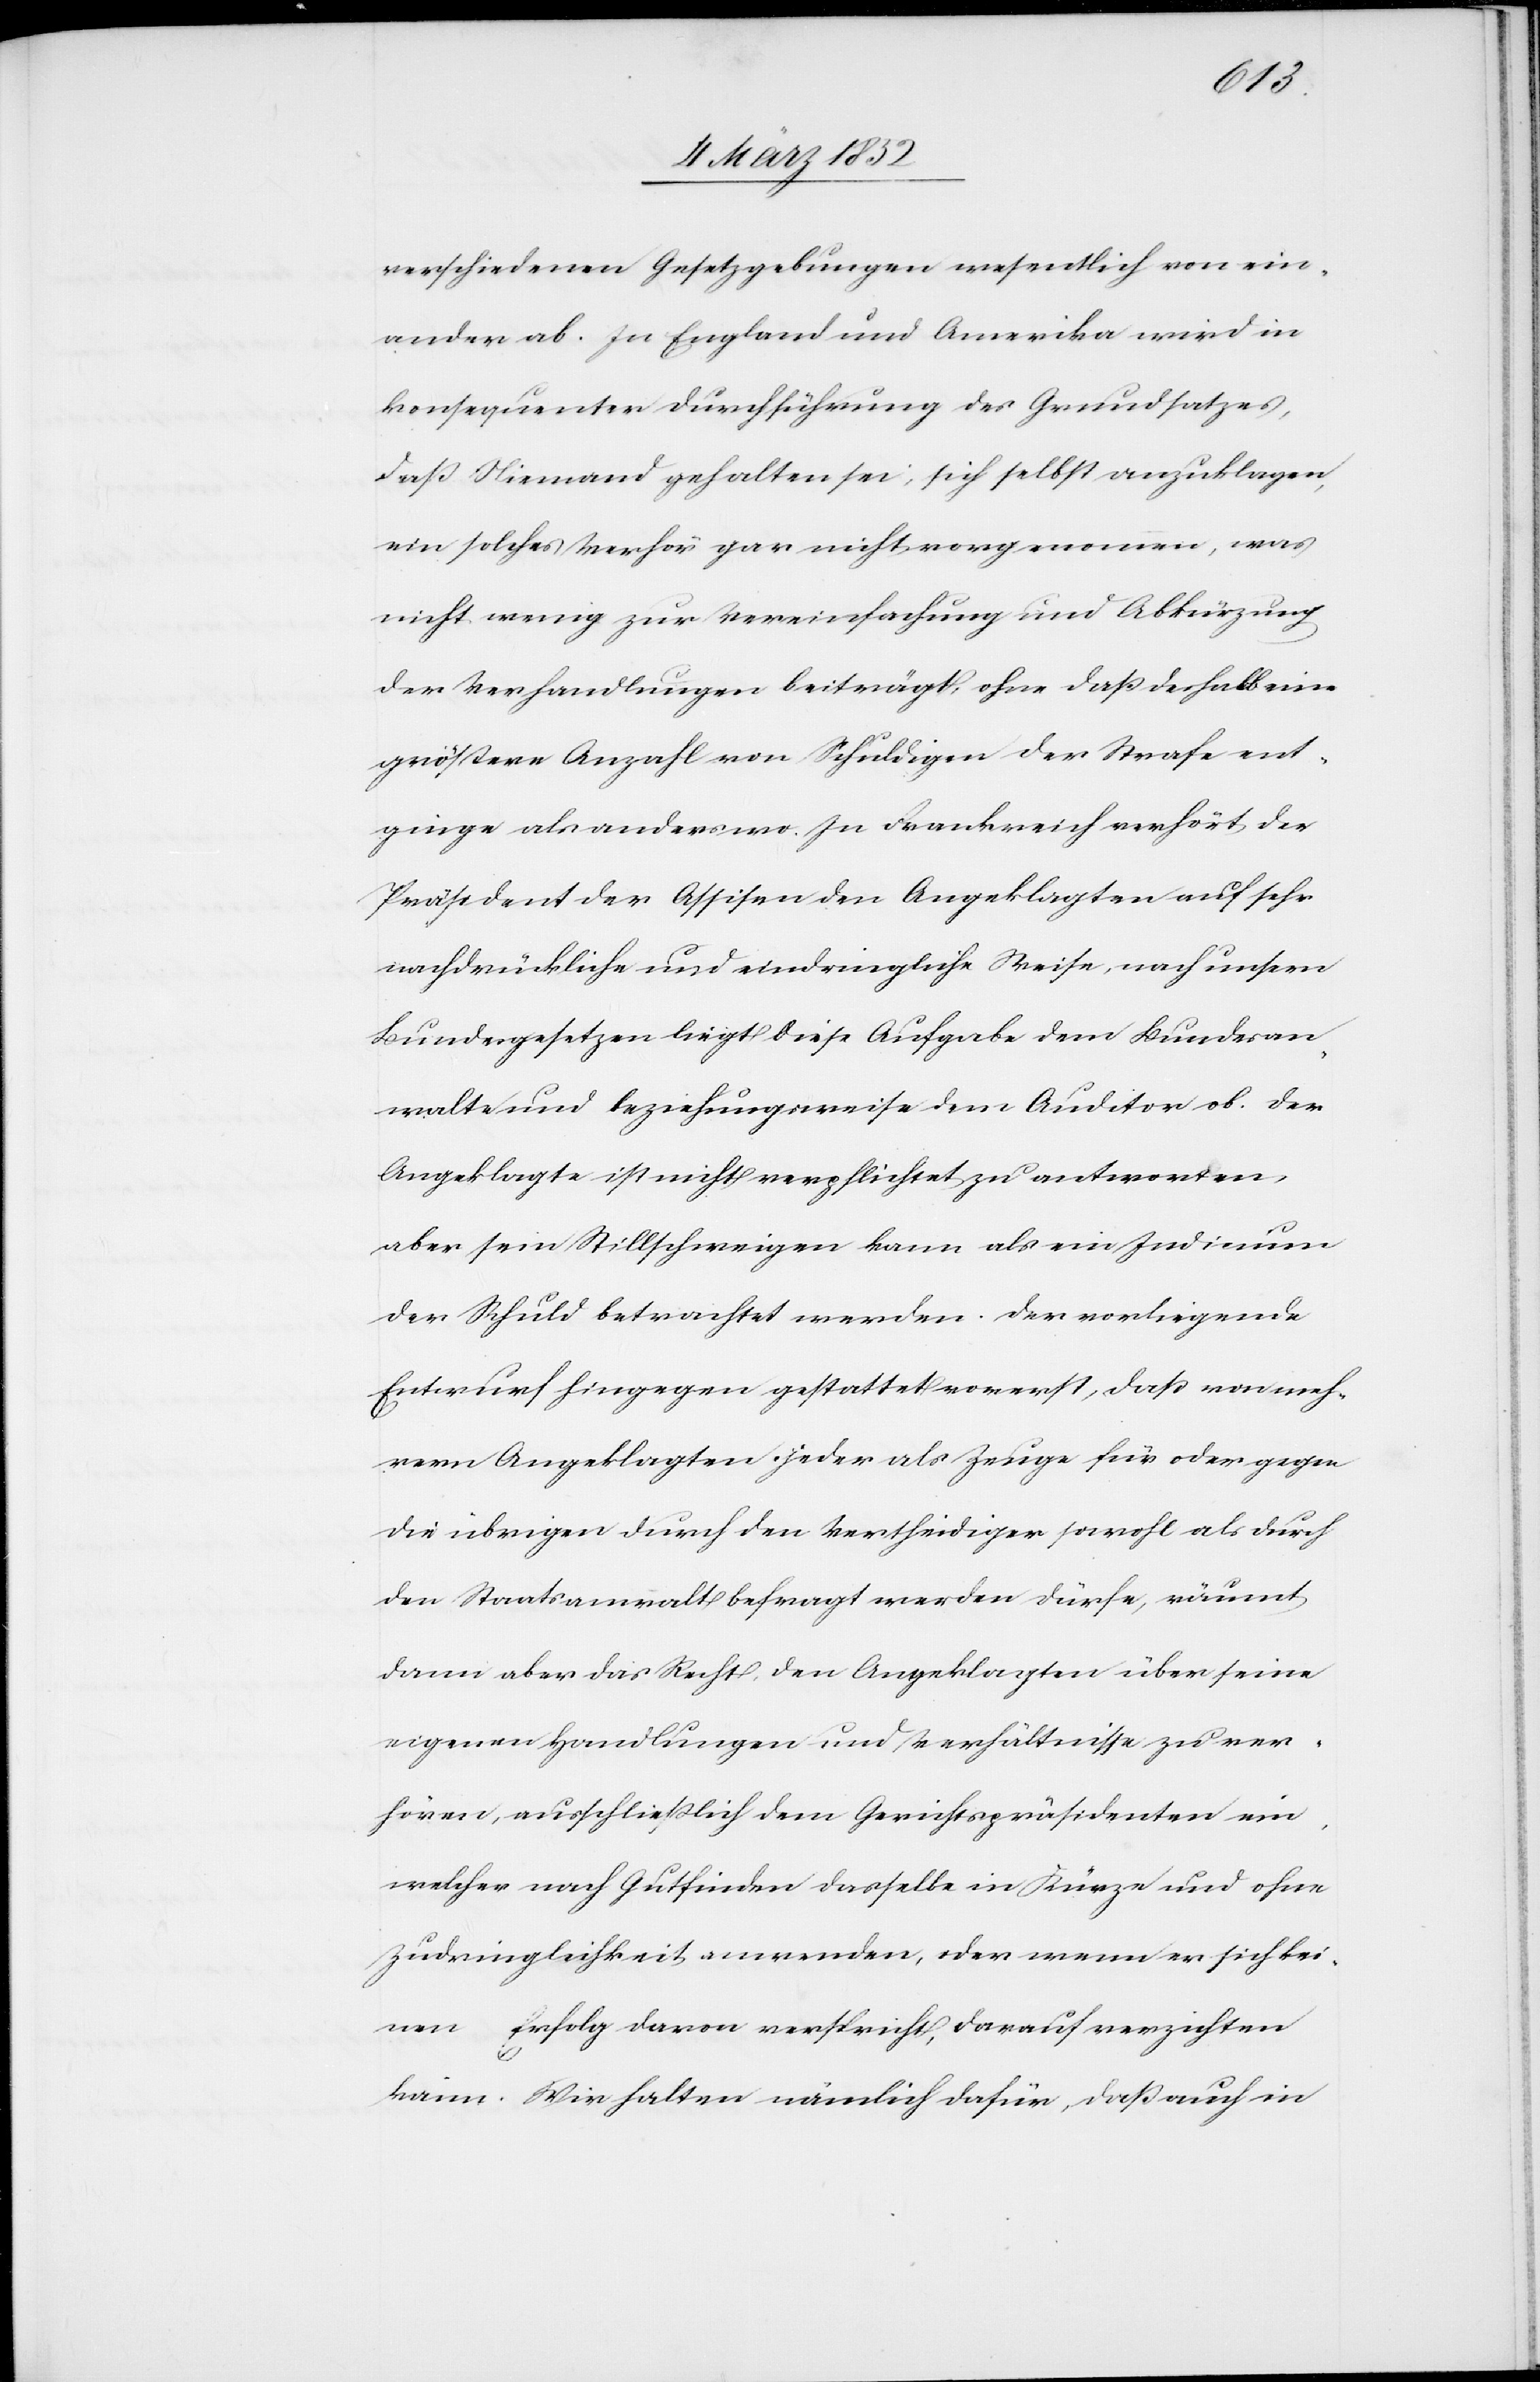
verschiedenen Gesetzgebungen wesentlich von ein¬
ander ab. In England und Amerika wird in
konsequenter Durchführung des Grundsatzes,
daß Niemand gehalten sei, sich selbst anzuklagen,
ein solches Verhör gar nicht vorgenommen, was
nicht wenig zur Vereinfachung und Abkürzung
der Verhandlungen beiträgt, ohne daß deshalb eine
größere Anzahl von Schuldigen der Strafe ent¬
ginge als anderswo. In Frankreich verhört der
Präsident der Assisen den Angeklagten auf sehr
nachdrückliche und eindringliche Weise, nach unsern
Bundesgesetzen liegt diese Aufgabe dem Bundesan¬
walte und beziehungsweise dem Auditor ob. Der
Angeklagte ist nicht verpflichtet zu antworten,
aber sein Stillschweigen kann als ein Indicium
der Schuld betrachtet werden. Der vorliegende
Entwurf hingegen gestattet vorerst, daß von meh¬
rern Angeklagten jeder als Zeuge für oder gegen
die übrigen durch den Vertheidiger sowohl als durch
den Staatsanwalt befragt werden dürfe, räumt
dann aber das Recht, den Angeklagten über seine
eigenen Handlungen und Verhältnisse zu ver¬
hören, ausschließlich dem Gerichtspräsidenten ein,
welcher nach Gutfinden dasselbe in Kürze und ohne
Zudringlichkeit anwenden, oder wenn er sich kei¬
nen Erfolg davon verspricht, darauf verzichten
kann. Wir halten nämlich dafür, daß auch in